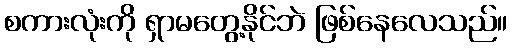
စကားလုံးကို ရှာမတွေ့နိုင်ဘဲ ဖြစ်နေလေသည်။